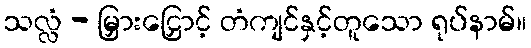
သလ္လံ - မြှားငြှောင့် တံကျင်နှင့်တူသော ရုပ်နာမ်။